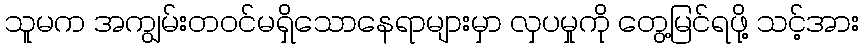
သူမက အကျွမ်းတ၀င်မရှိသောနေရာများမှာ လှပမှုကို တွေ့မြင်ရဖို့ သင့်အား